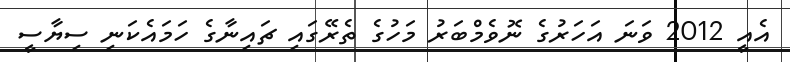
އެއީ 2012 ވަނަ އަހަރުގެ ނޮވެމްބަރު މަހުގެ ތެރޭގައި ޗައިނާގެ ހަމައެކަނި ސިޔާސީ